Indian journal of veterinary science and animal husbandry - Volumes 15-17, 1948-1951
Year: 1948
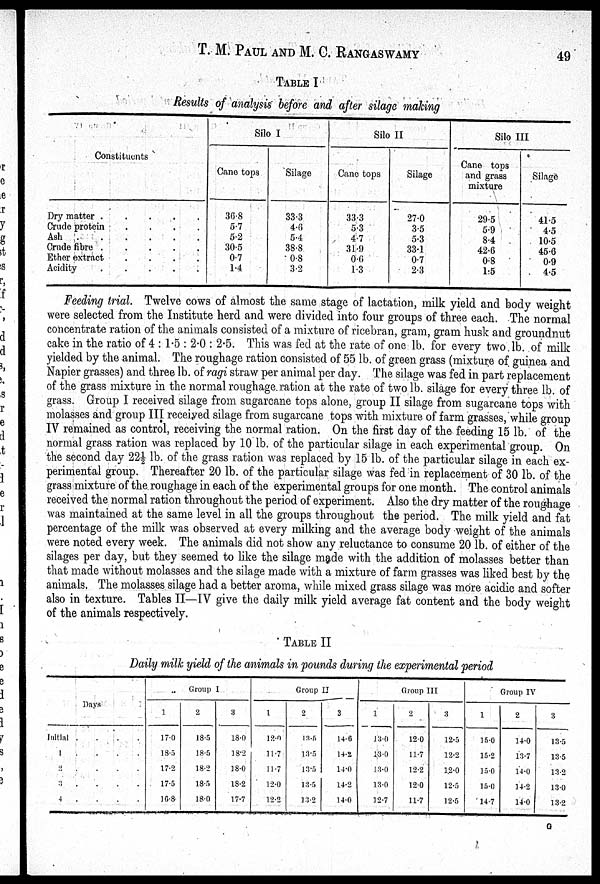
T. M. PAUL AND M. C. RANGASWAMY 49
TABLE I
Results of analysis before and after silage making
Constituents
Dry matter .
.
.
.
.
Crude protein
.
.
.
.
Ash . . . . . .
Crude fibre .
.
.
.
.
Ether extract
.
.
.
.
Acidity . . . . . .
Silo I
Cane tops
36.8
5.7
5.2
30.5
0.7
1.4
Silage
33.3
4.6
5.4
38.8
0.8
3.2
Silo II
Cane tops
33.3
5.3
4.7
319
0.0
1.3
Silage
27.0
3.5
5.3
33.1
0.7
2.3
Silo III
Cane tops
and grass
mixture
29.5
5.9
8.4
42.6
0.8
1.5
Silage
41.5
4.5
10.5
45.6
0.9
4.5
Feeding trial. Twelve cows of almost the same stage of lactation, milk yield and body weight
were selected from the Institute herd and were divided into four groups of three each. The normal
concentrate ration of the animals consisted of a mixture of ricebran, gram, gram husk and groundnut
cake in the ratio of 4:1.5:2.0:2.5. This was fed at the rate of one lb. for every two lb. of milk
yielded by the animal. The roughage ration consisted of 55 lb. of green grass (mixture of guinea and
Napier grasses) and three lb. of ragi straw per animal per day. The silage was fed in part replacement
of the grass mixture in the normal roughage ration at the rate of two lb. silage for every three lb. of
grass. Group I received silage from sugarcane tops alone, group II silage from sugarcane tops with
molasses and group III received silage from sugarcane tops with mixture of farm grasses, while group
IV remained as control, receiving the normal ration. On the first day of the feeding 15 lb. of the
normal grass ration was replaced by 10 lb. of the particular silage in each experimental group. On
the second day 22½ lb. of the grass ration was replaced by 15 lb. of the particular silage in each ex-
perimental group. Thereafter 20 lb. of the particular silage was fed in replacement of 30 lb. of the
grass mixture of the roughage in each of the experimental groups for one month. The control animals
received the normal ration throughout the period of experiment. Also the dry matter of the roughage
was maintained at the same level in all the groups throughout the period. The milk yield and fat
percentage of the milk was observed at every milking and the average body weight of the animals
were noted every week. The animals did not show any reluctance to consume 20 lb. of either of the
silages per day, but they seemed to like the silage made with the addition of molasses better than
that made without molasses and the silage made with a mixture of farm grasses was liked best by the
animals. The molasses silage had a better aroma, while mixed grass silage was more acidic and softer
also in texture. Tables II—IV give the daily milk yield average fat content and the body weight
of the animals respectively.
TABLE II
Daily milk yield of the animals in pounds during the experimental period
Days
Initial .
.
.
.
1
.
.
.
.
2 . . . .
3 .
.
.
.
4
.
.
.
.
Group I
1
17.0
18.5
17.2
17.5
16.8
2
18.5
18.5
18.2
18.5
18.0
3
18.0
18.2
18.0
18.2
17.7
Group II
1
12.0
11.7
11.7
12.0
12.2
2
13.5
1.1.5
13.5
1.1.5
11.2
3
14.6
14.2
14.0
14.2
14.0
Group III
1
13.0
13.0
13.0
13.0
12.7
2
12.0
11.7
12.2
12.0
11.7
3
12.5
12.2
12.0
12.5
12.5
Group IV
1
15.0
15.2
15.0
15.0
14.7
2
14.0
13.7
14.0
14.2
14.0
3
13.5
13.5
13.2
13.0
13.2
G